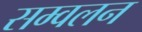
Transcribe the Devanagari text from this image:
सम्वलन